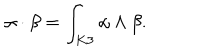
LaTeX: \alpha \cdot \beta = \int _ { K 3 } \alpha \wedge \beta .